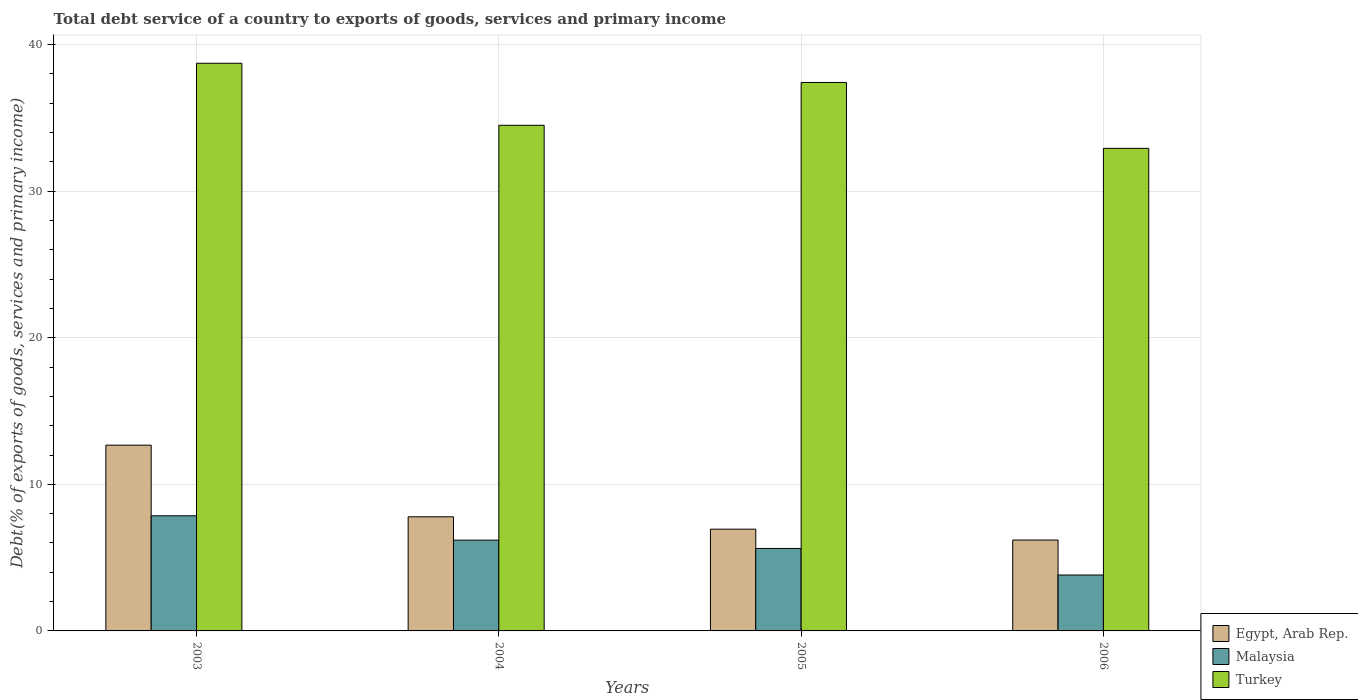
| Years | Egypt, Arab Rep. | Malaysia | Turkey |
 | --- | --- | --- | --- |
 | 2003 | 12.7 | 7.85 | 38.7 |
 | 2004 | 7.78 | 6.19 | 34.5 |
 | 2005 | 6.94 | 5.63 | 37.4 |
 | 2006 | 6.2 | 3.81 | 32.9 |